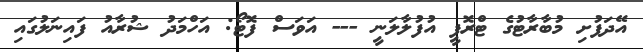
އޭދަފުށި މުބާރާޓުގެ ޓްރޮފީ އުފުލާލަނީ --- އަވަސް ފޮޓޯ: އަހްމަދު ޝުރާއު ފައިނަލުގައި